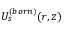
U _ { s } ^ { ( b o r n ) } ( r , z )